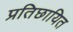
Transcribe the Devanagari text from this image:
प्रतिछायित